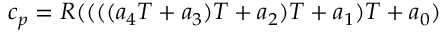
c _ { p } = R ( ( ( ( a _ { 4 } T + a _ { 3 } ) T + a _ { 2 } ) T + a _ { 1 } ) T + a _ { 0 } )